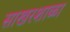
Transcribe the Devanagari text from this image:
साखरशाळा